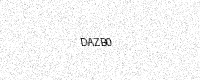
Text: DAZB0